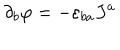
\partial _ { b } \varphi = - \varepsilon _ { b a } J ^ { a }